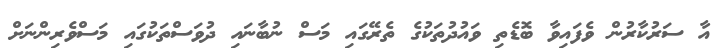
އާ ސަރުކާރުން ވެފައިވާ ބޮޑެތި ވައުދުތަކުގެ ތެރޭގައި މަސް ނުބާނައި ދުވަސްތަކުގައި މަސްވެރިންނަށް